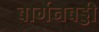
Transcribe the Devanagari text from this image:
बार्गेनबड्डी